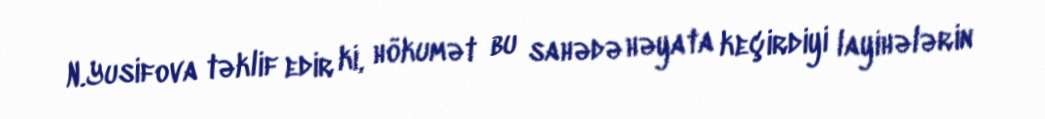
N.Yusifova təklif edir ki, hökumət bu sahədə həyata keçirdiyi layihələrin